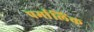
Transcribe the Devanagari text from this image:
पर्मालिंक